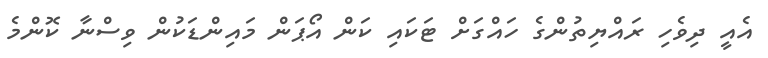
އެއީ ދިވެހި ރައްޔިތުންގެ ހައްގަށް ޓަކައި ކަން އޯޕަން މައިންޑަކުން ވިސްނާ ކޮންމެ